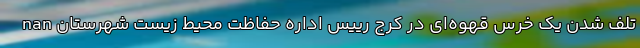
nan تلف شدن یک خرس قهوه‌ای در کرج رییس اداره حفاظت محیط زیست شهرستان